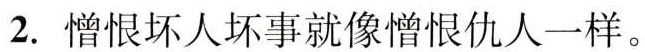
2.憎恨坏人坏事就像憎恨仇人一样。